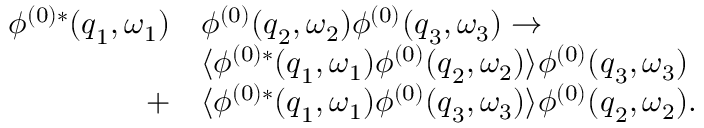
\begin{array} { r l } { \phi ^ { ( 0 ) * } ( { \boldsymbol { q } } _ { 1 } , \omega _ { 1 } ) } & { \phi ^ { ( 0 ) } ( { \boldsymbol { q } } _ { 2 } , \omega _ { 2 } ) \phi ^ { ( 0 ) } ( { \boldsymbol { q } } _ { 3 } , \omega _ { 3 } ) \to } \\ & { \langle \phi ^ { ( 0 ) * } ( { \boldsymbol { q } } _ { 1 } , \omega _ { 1 } ) \phi ^ { ( 0 ) } ( { \boldsymbol { q } } _ { 2 } , \omega _ { 2 } ) \rangle \phi ^ { ( 0 ) } ( { \boldsymbol { q } } _ { 3 } , \omega _ { 3 } ) } \\ { + } & { \langle \phi ^ { ( 0 ) * } ( { \boldsymbol { q } } _ { 1 } , \omega _ { 1 } ) \phi ^ { ( 0 ) } ( { \boldsymbol { q } } _ { 3 } , \omega _ { 3 } ) \rangle \phi ^ { ( 0 ) } ( { \boldsymbol { q } } _ { 2 } , \omega _ { 2 } ) . } \end{array}